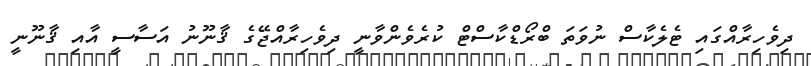
ދިވެހިރާއްގައި ޓެލެކާސް ނުވަތަ ބްރޯޑްކާސްޓް ކުރެވެންވާނީ ދިވެހިރާއްޖޭގެ ޤާނޫނު އަސާސީ އާއި ޤާނޫނީ